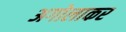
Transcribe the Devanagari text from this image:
अगोलाकर